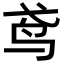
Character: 鸢